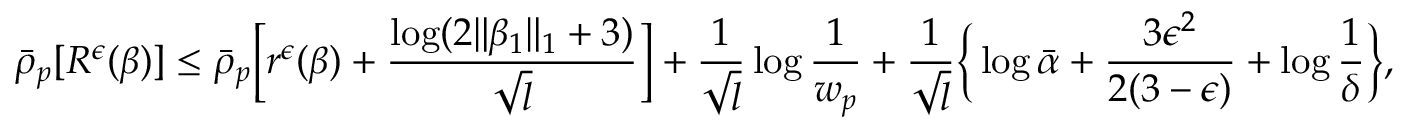
\bar { \rho } _ { p } [ R ^ { \epsilon } ( \beta ) ] \leq \bar { \rho } _ { p } \Big [ r ^ { \epsilon } ( \beta ) + \frac { \log ( 2 \| \beta _ { 1 } \| _ { 1 } + 3 ) } { \sqrt { l } } \Big ] + \frac { 1 } { \sqrt { l } } \log \frac { 1 } { w _ { p } } + \frac { 1 } { \sqrt { l } } \Big \{ \log \bar { \alpha } + \frac { 3 \epsilon ^ { 2 } } { 2 ( 3 - \epsilon ) } + \log \frac { 1 } { \delta } \Big \} ,